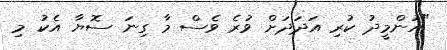
"އުންމީދު ކުރި އަދަދަށް ވުރެ ވެސް މާ ގިނަ ސޮޔާ އެކު މި